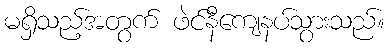
မရှိသည့်အတွက် ဖဲင်နီကျေနပ်သွားသည်။